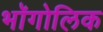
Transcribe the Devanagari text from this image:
भॉगोलिक